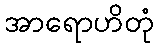
အာရောဟိတုံ